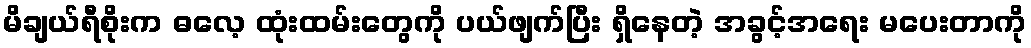
မိချယ်ရီစိုးက ဓလေ့ ထုံးထမ်းတွေကို ပယ်ဖျက်ပြီး ရှိနေတဲ့ အခွင့်အရေး မပေးတာကို